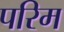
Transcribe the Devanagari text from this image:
परिम